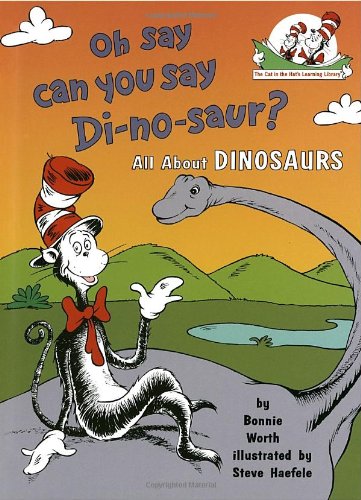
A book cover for Oh, Say Can You Say Di-no-saur? (Cat in the Hat's Learning Library); Bonnie Worth; Science & Math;